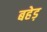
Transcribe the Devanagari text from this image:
बहेड़